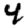
Digit: 4